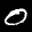
Label: 0